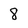
Character: 8